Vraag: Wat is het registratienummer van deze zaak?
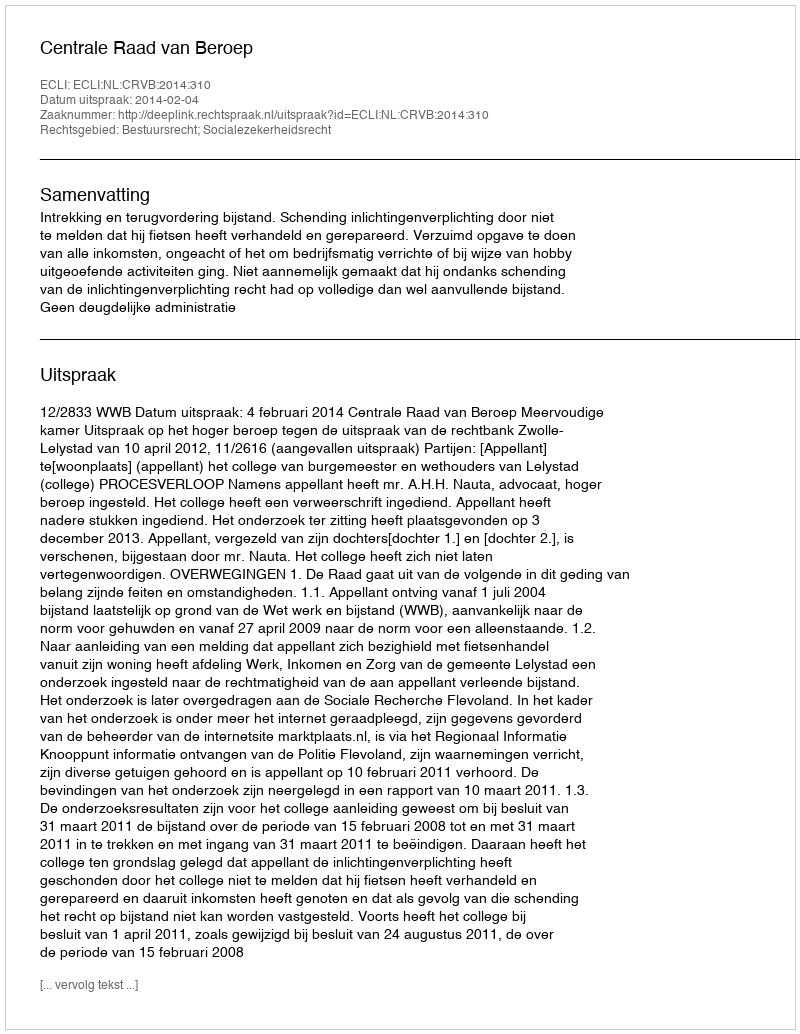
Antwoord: http://deeplink.rechtspraak.nl/uitspraak?id=ECLI:NL:CRVB:2014:310